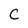
Character: C